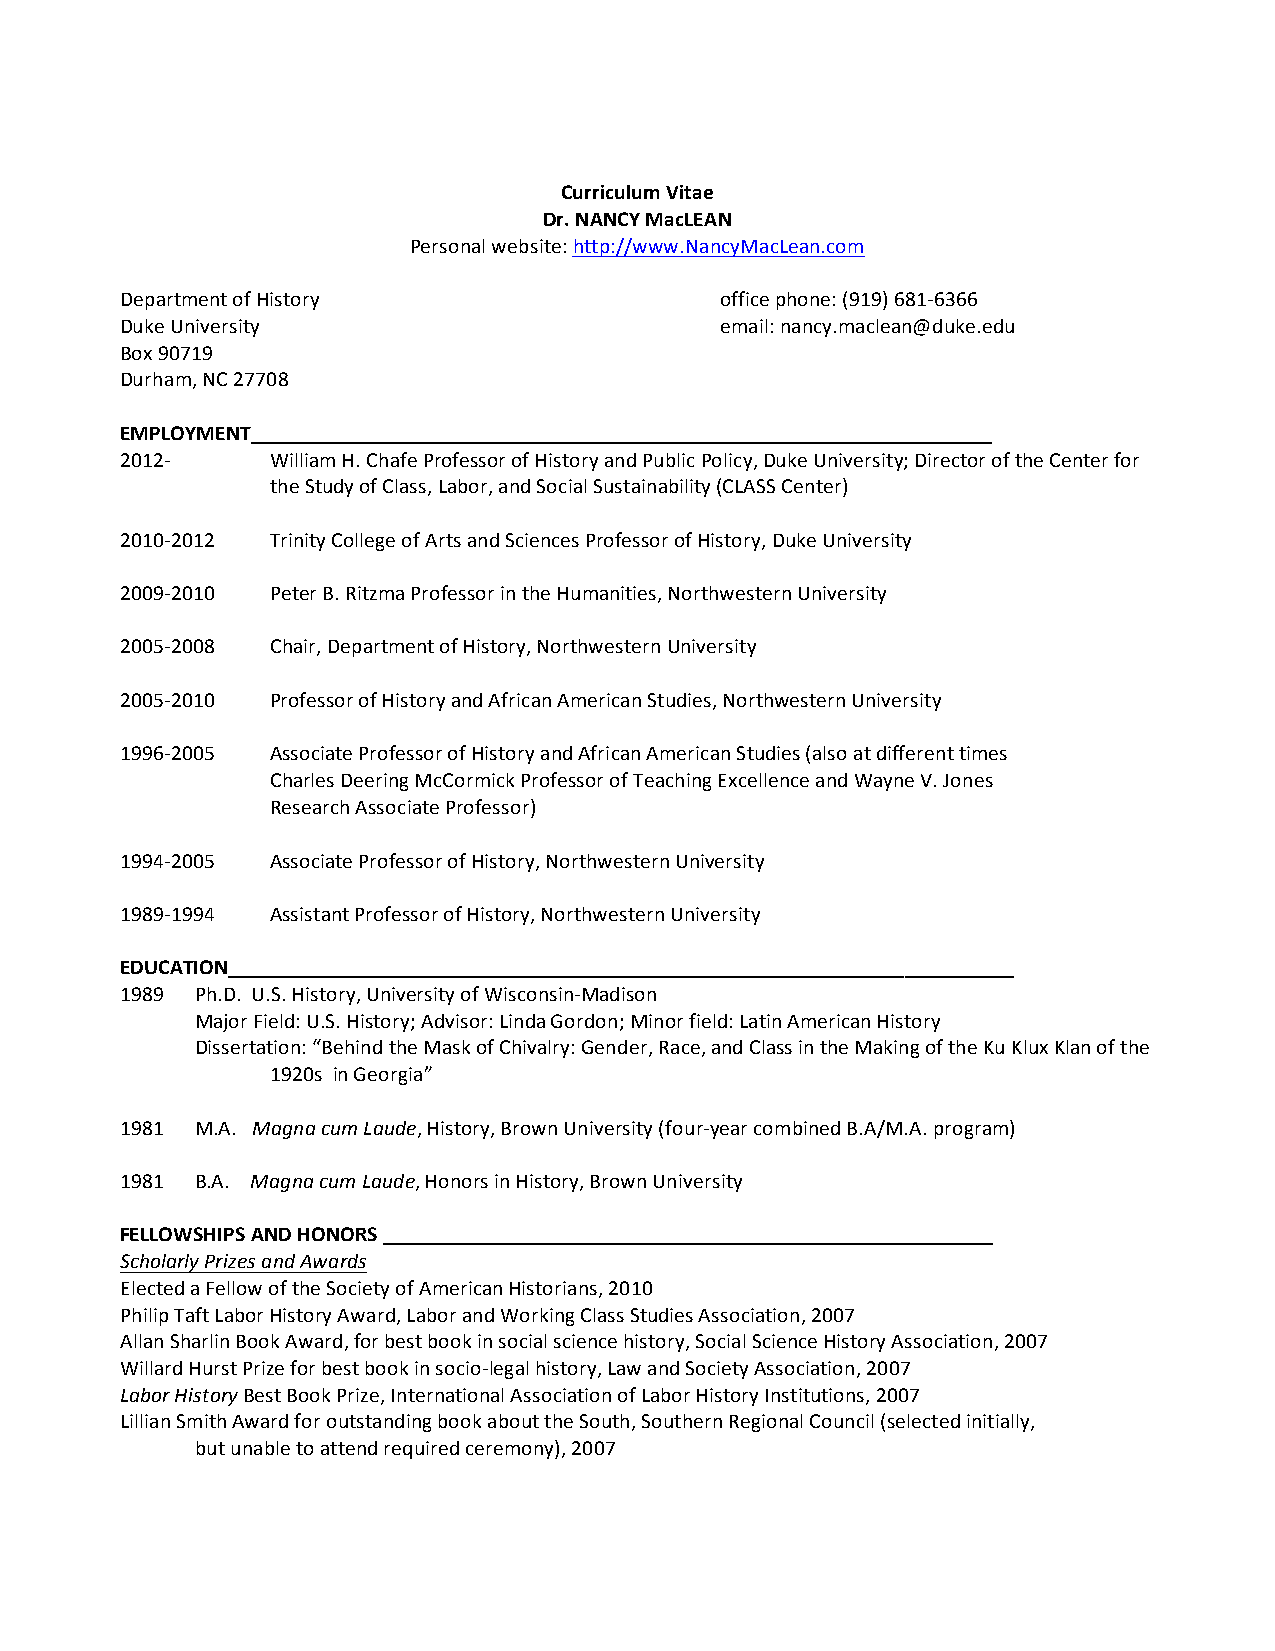
Curriculum Vitae
 Dr. NANCY MacLEAN
 Personal website: http://www.NancyMacLean.com
 Department of History                   office phone: (919) 681-­‐6366
 Duke University                         email: nancy.maclean@duke.edu
 Box 90719
 Durham, NC 27708
 EMPLOYMENT____________________________________________________________________
 2012-­‐   William H. Chafe Professor of History and Public Policy, Duke University; Director of the Center for
 the Study of Class, Labor, and Social Sustainability (CLASS Center)
 2010-­‐2012 Trinity College of Arts and Sciences Professor of History, Duke University
 2009-­‐2010 Peter B. Ritzma Professor in the Humanities, Northwestern University
 2005-­‐2008 Chair, Department of History, Northwestern University
 2005-­‐2010 Professor of History and African American Studies, Northwestern University
 1996-­‐2005 Associate Professor of History and African American Studies (also at different times
 Charles Deering McCormick Professor of Teaching Excellence and Wayne V. Jones
 Research Associate Professor)
 1994-­‐2005 Associate Professor of History, Northwestern University
 1989-­‐1994 Assistant Professor of History, Northwestern University
 EDUCATION________________________________________________________________________
 1989 Ph.D. U.S. History, University of Wisconsin-­‐Madison
 Major Field: U.S. History; Advisor: Linda Gordon; Minor field: Latin American History
 Dissertation: “Behind the Mask of Chivalry: Gender, Race, and Class in the Making of the Ku Klux Klan of the
 1920s in Georgia”
 1981 M.A. Magna cum Laude, History, Brown University (four-­‐year combined B.A/M.A. program)
 1981 B.A. Magna cum Laude, Honors in History, Brown University
 FELLOWSHIPS AND HONORS ________________________________________________________
 Scholarly Prizes and Awards
 Elected a Fellow of the Society of American Historians, 2010
 Philip Taft Labor History Award, Labor and Working Class Studies Association, 2007
 Allan Sharlin Book Award, for best book in social science history, Social Science History Association, 2007
 Willard Hurst Prize for best book in socio-­‐legal history, Law and Society Association, 2007
 Labor History Best Book Prize, International Association of Labor History Institutions, 2007
 Lillian Smith Award for outstanding book about the South, Southern Regional Council (selected initially,
 but unable to attend required ceremony), 2007